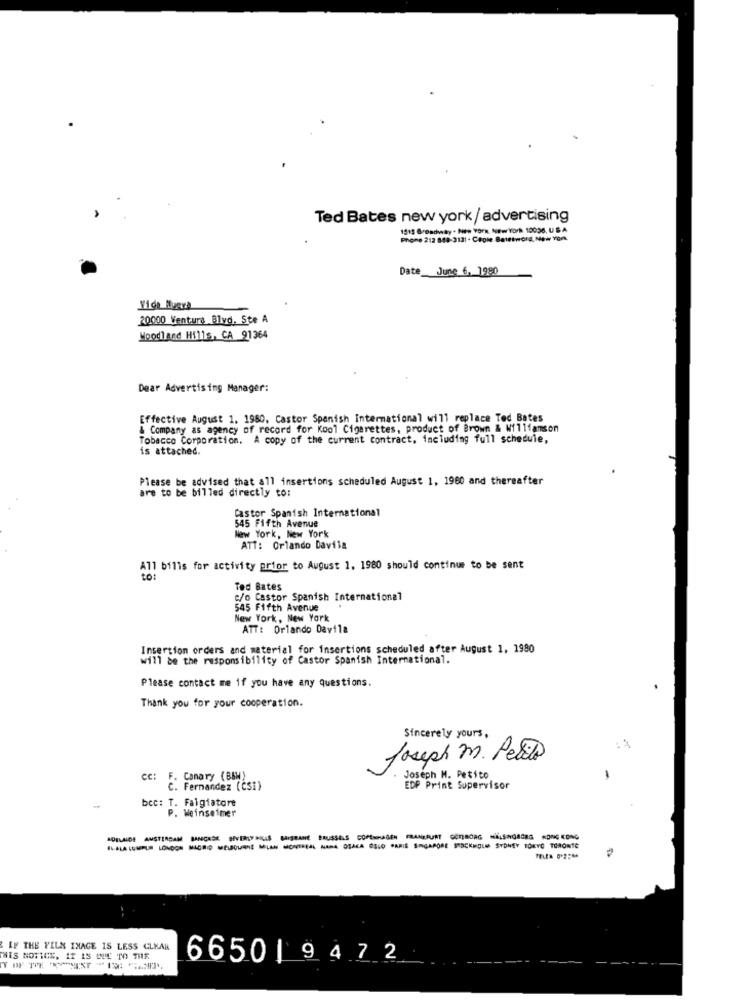
Ted Bates new york / advertising
1515 Broadway - Nes VOFR. New York 10038, USA
Phone 212 888-3121 - Capie Betetword, New York
Date June 6, 1980
20000 Ventura Blvd. Ste A
Woodland Hills, CA 91364
Dear Advertising Manager:
Effective August 1. 1950, Castor Spanish International will replace Ted Bates
& Company as agency of record for Kool Cigarettes, product of Brown & Williamson
Tobacco Corporation. A copy of the current contract, including full schedule,
is attached.
Please be advised that all insertions scheduled August 1, 1960 and thereafter
are to be billed directly to:
Castor Spanish International
545 Fifth Avenue
New York, New York
ATT: Orlando Davila
All bilis for activity prior to August 1, 1980 should continue to be sent
Ted Bates
c/o Castor Spanish International
545 Fifth Avenue
New York, New York
ATT: Orlando Davila
Insertion orders and material for insertions scheduled after August 1, 1980
will be the responsibility of Castor Spanish International.
Please contact me if you have any questions.
Thank you for your cooperation.
Sincerely yours,
Joseph m. Petite
CC: F. Canary (BBW)
Joseph M . Petito
C. Fernandez (CSI)
EDP Print Supervisor
bcc: T. Faigiatore
P. Weinseimer
AL-ALA LUMPUR LONDON MIGRID MELBOURNE MILAN MONTREAL NANA OSAKA OSLO PARIE SINGAPORE STOCKHOLMS SYDNEY TOKYO TORONTO
IF THE FILS IMAGE IS LESS CLEAR
THIS NOTICE, IT IS WIE TO THE
66501 9472